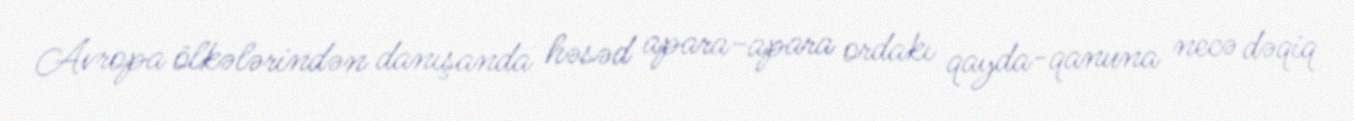
Avropa ölkələrindən danışanda həsəd apara-apara ordakı qayda-qanuna necə dəqiq